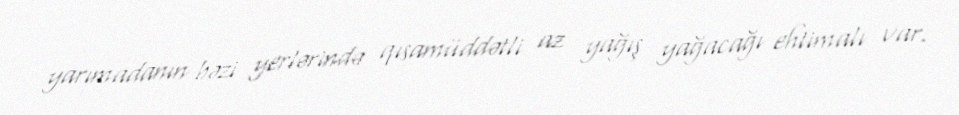
yarımadanın bəzi yerlərində qısamüddətli az yağış yağacağı ehtimalı var.